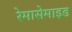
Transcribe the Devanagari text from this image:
रेमासेमाइड